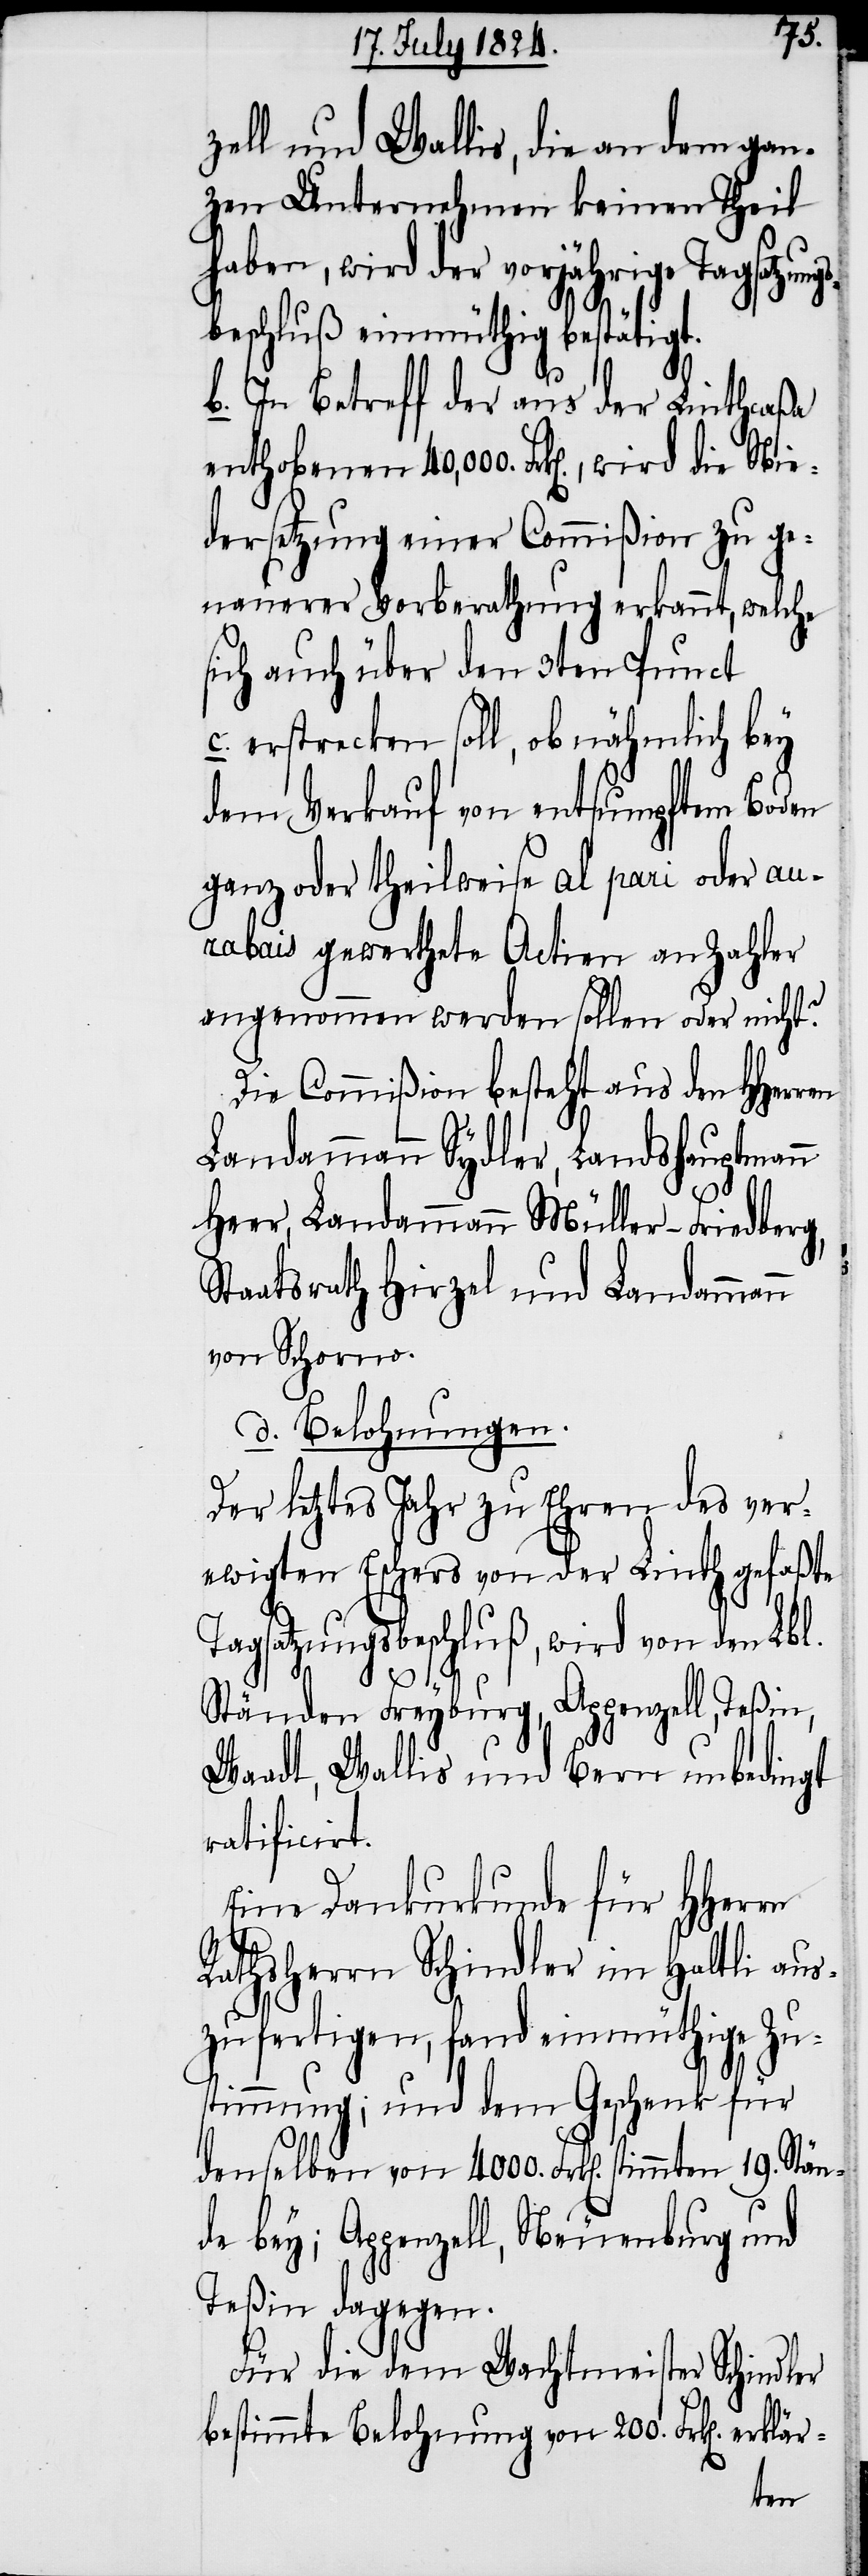
zell und Wallis, die an dem gan¬
zen Unternehmen keinen Theil
haben, wird der vorjährige Tagsatzun¬
beschluß einmüthig bestätigt.
b. In Betreff der aus der Linthcaßa
enthobenen 40,000. Frk[en]., wird die Nie¬
dersetzung einer Commißion zu ge¬
nauerer Vorberathung erkannt, welche
sich auch über den 3ten Punct
c: erstrecken soll, ob nähmlich bey
dem Verkauf von entsumpftem Boden
ganz oder theilweise al pari oder aur¬
abais gewerthete Actien an Zahler
angenommen werden sollen oder nicht?
Die Commißion besteht aus den HHerren
Landammann Sydler, Landshauptmann
Heer, Landammann Müller-Friedberg,
Staatsrath Hirzel und Landammann
von Schorno.
d. Belohnungen.
Der letztes Jahr zu Ehren des ver¬
ewigten Eschers von der Linth gefaßte
Tagsatzungsbeschluß, wird von den Lbl.
Stän¬
Ständen Freyburg, Appenzell, Teßin,
Waadt, Wallis und Bern unbedingt
ratificirt.
Eine Dankurkunde für HHerrn
Rathsherrn Schindler im Haltli aus¬
zufertigen, fand einmüthige Zu¬
stimmung; und dem Geschenk für
denselben von 4000. Frk[en]. stim¬
de bey; Appenzell, Neuenburg und
Teßin dagegen.
Für die dem Wachtmeister Schindler
bestimmte Belohnung von 200. Frk[en].
mten